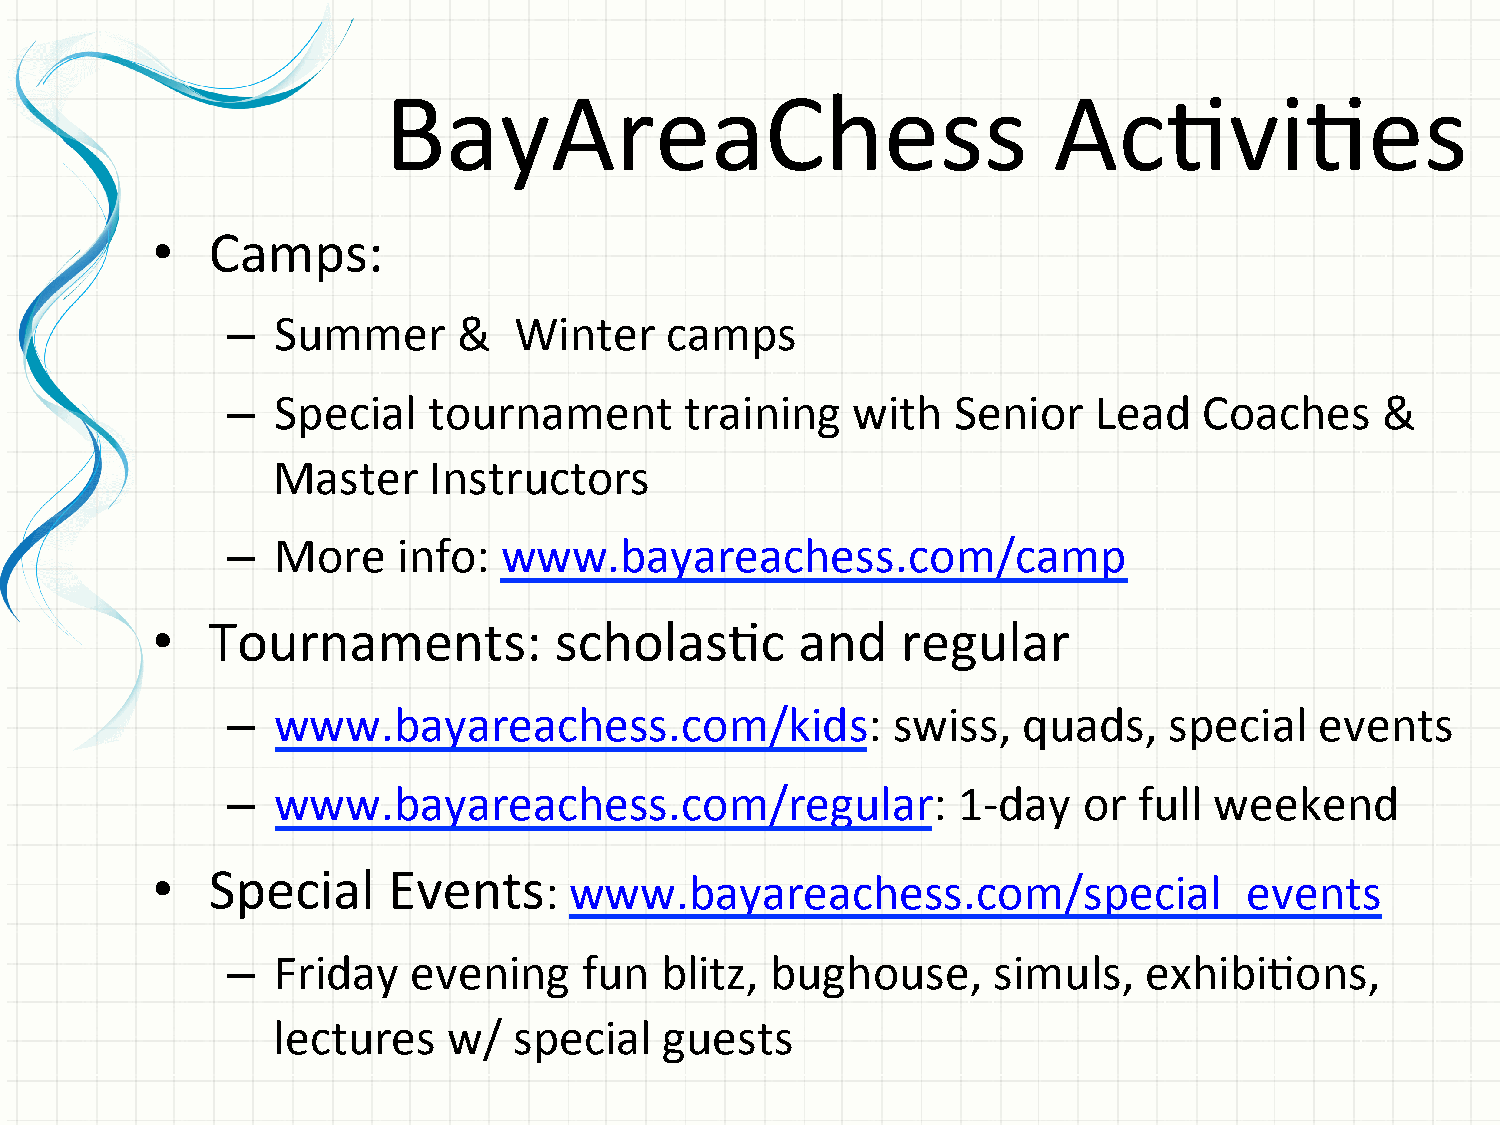
BayAreaChess                                 AcGviGes
 •   Camps:
 –  Summer      &   Winter    camps
 –  Special   tournament       training   with   Senior   Lead    Coaches     &
 Master    Instructors
 –  More    info:  www.bayareachess.com/camp
 •   Tournaments:           scholasGc       and    regular
 –  www.bayareachess.com/kids:               swiss,   quads,   special   events
 –  www.bayareachess.com/regular:                1-­‐day  or full weekend
 •   Special     Events:     www.bayareachess.com/special_events
 –  Friday   evening     fun  blitz, bughouse,      simuls,   exhibiGons,
 lectures    w/  special   guests